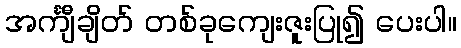
အင်္ကျီချိတ် တစ်ခုကျေးဇူးပြု၍ ပေးပါ။